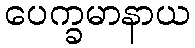
ပေက္ခမာနာယ